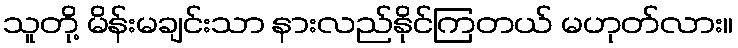
သူတို့ မိန်းမချင်းသာ နားလည်နိုင်ကြတယ် မဟုတ်လား။